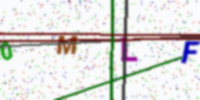
Text: 0MLF